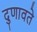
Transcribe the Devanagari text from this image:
दुणावते